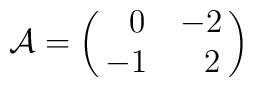
{\cal A}=\left(\matrix{ \ \ 0&-2\cr -1&\ \ 2\cr}\right)